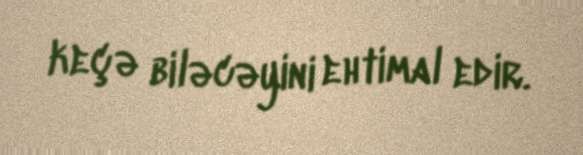
keçə biləcəyini ehtimal edir.